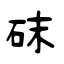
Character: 砞